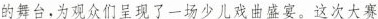
的舞台，为观众们呈现了一场少儿戏曲盛宴。这次大赛